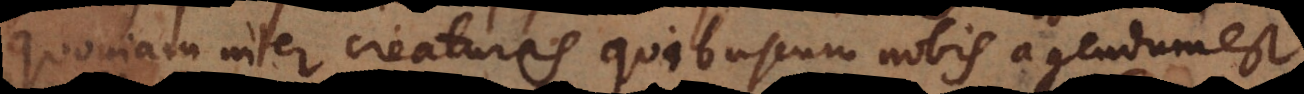
quoniam inter creaturas quibuscum nobis agendum est,